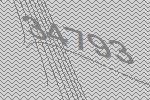
34793